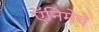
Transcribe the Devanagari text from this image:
ऍनिमेचे